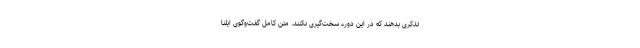
تذکری بدهند که در این دوره سخت‌گیری نکنند. متن کامل گفت‌وگوی ایلنا